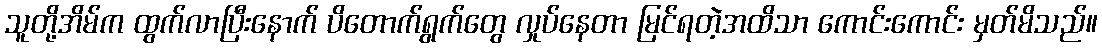
သူတို့အိမ်က ထွက်လာပြီးနောက် ပိတောက်ရွက်တွေ လှုပ်နေတာ မြင်ရတဲ့အထိသာ ကောင်းကောင်း မှတ်မိသည်။